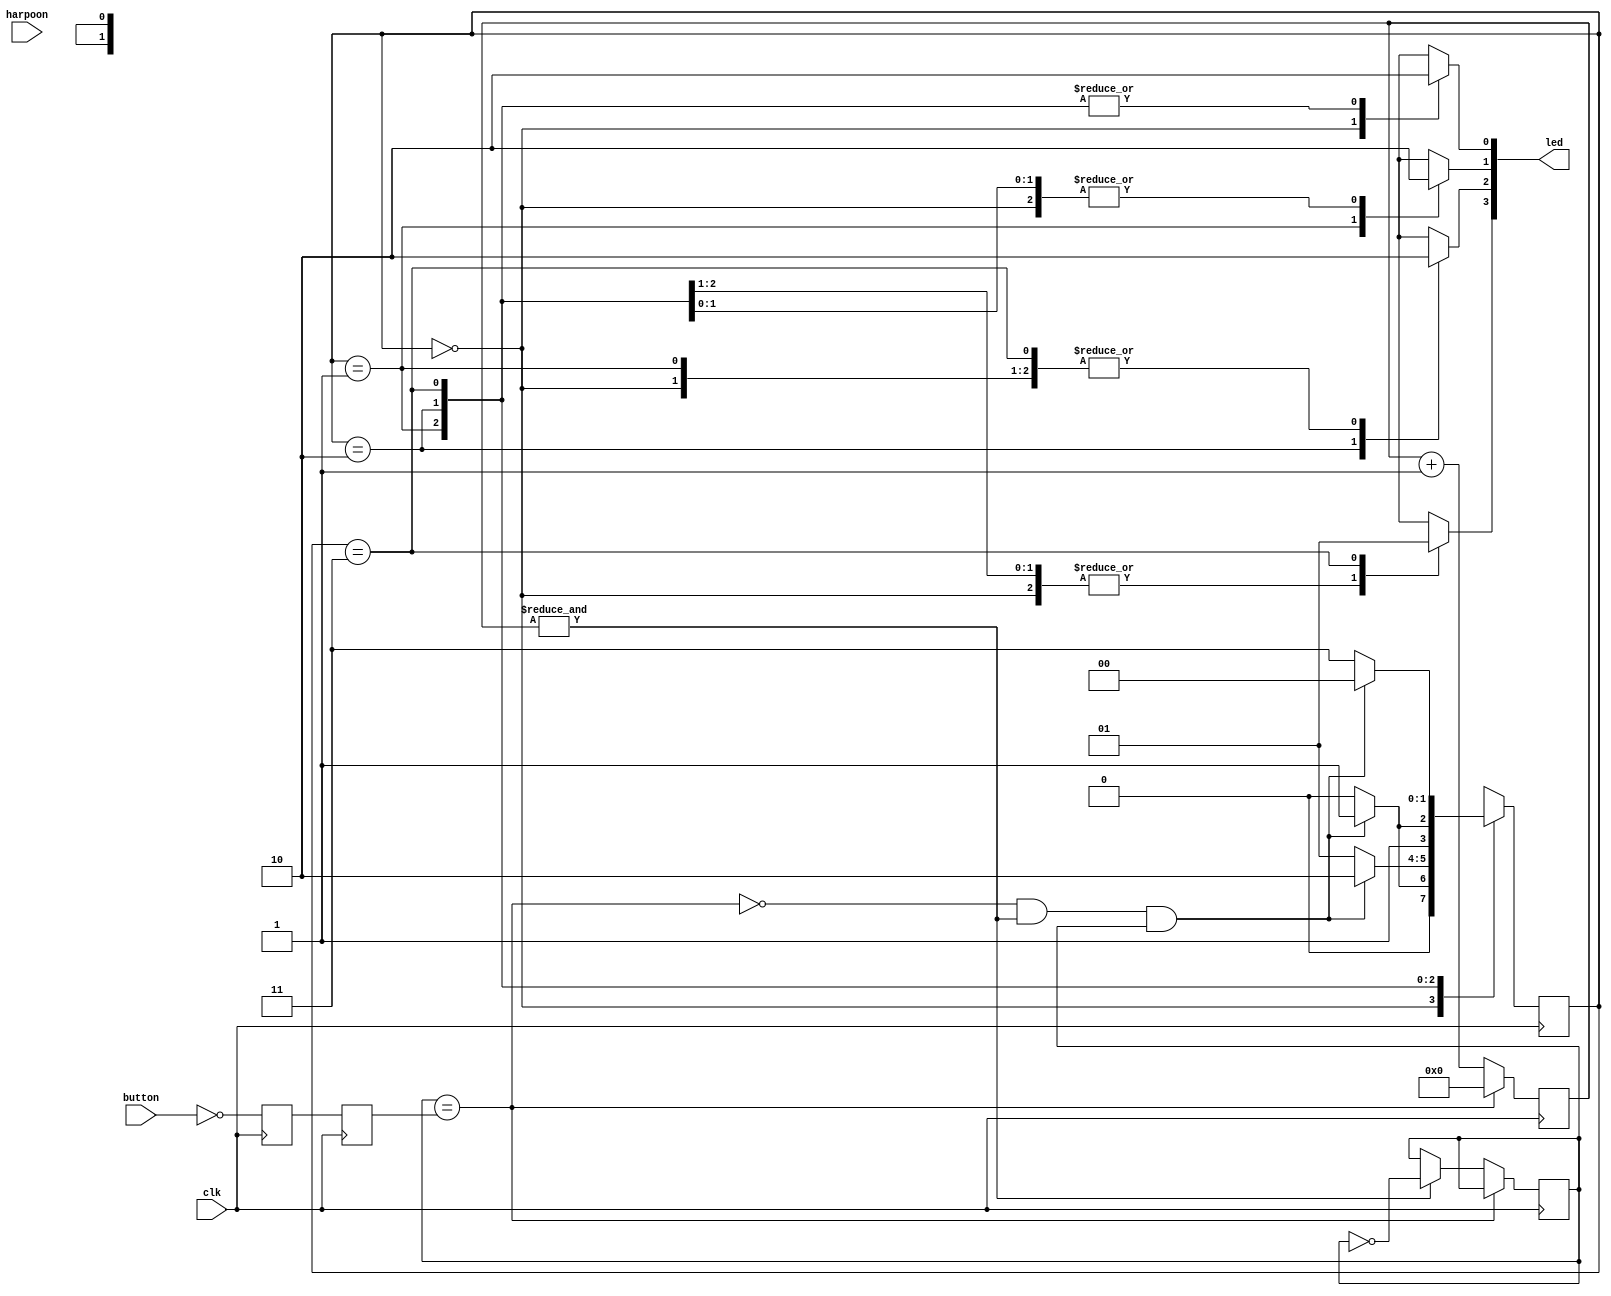
module example(
    input clk,
    input button,
    input [3:0] harpoon,
    output reg [3:0] led);

    // states
    parameter S0 = 0, S1 = 1, S2 = 2, S3 = 3;

    // state register
    (* fsm_obfuscate = "true" *)
    (* fsm_obfuscate_states = "7" *)
    reg     [1:0]state;
    reg     [1:0]next_state = S0;
    
    // debouncer for button
    reg pb_state;
    wire pb_up;
    reg pb_sync_0;  always @(posedge clk) pb_sync_0 <= ~button;
    reg pb_sync_1;  always @(posedge clk) pb_sync_1 <= pb_sync_0;
    
    reg [15:0] pb_cnt;
    wire pb_idle = (pb_state==pb_sync_1);
    wire pb_cnt_max = &pb_cnt;
    
    always @(posedge clk)
    if(pb_idle)
        pb_cnt <= 0;
    else
    begin
        pb_cnt <= pb_cnt + 16'd1;
        if(pb_cnt_max) pb_state <= ~pb_state;
    end
    assign pb_up   = ~pb_idle & pb_cnt_max &  pb_state;
    
    
    // fsm
    
    // state register process
    always @ (posedge clk) begin
       state = next_state;
    end
    

    // transitions
    always @* begin
        next_state = S0;
        case (state)
            S0: 
                begin
                    if (pb_up)
                        next_state = S1;
                    else
                        next_state = S0;
                end
            S1:
                begin
                    if (pb_up)
                        next_state = S2;
                    else
                        next_state = S1;
                end
            S2:
                begin
                    if (pb_up)
                        next_state = S3;
                    else
                        next_state = S2;
                end
            S3:
                begin
                    if (pb_up)
                        next_state = S0;
                    else
                        next_state = S3;
                end
            default:
                next_state = S0;
        endcase
    end
    
    // outputs
    always @* begin
    led[3:0] = 0;
       case (state)
           S0:
                begin
                    led[0] = 1;
                end
           S1:
                begin
                    led[1] = 1;
                end
           S2:
                begin
                    led[2] = 1;
                end
           S3:
                begin
                    led[3] = 1;
                end
           default:
                led[3:0] = 0;
       endcase
    end
endmodule